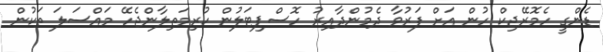
ޑެންގީ ހެމޮރޭޖިކް ހުން އަށް ފަރުވާ ދެމުންދާއިރު ހޮސްޕިޓަލުން ކުރިމަތިލާންޖެހޭ މައްސަލަ ތަކުން